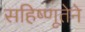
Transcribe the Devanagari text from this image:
सहिष्णूतेने